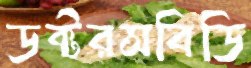
ডক্টরসবিডি